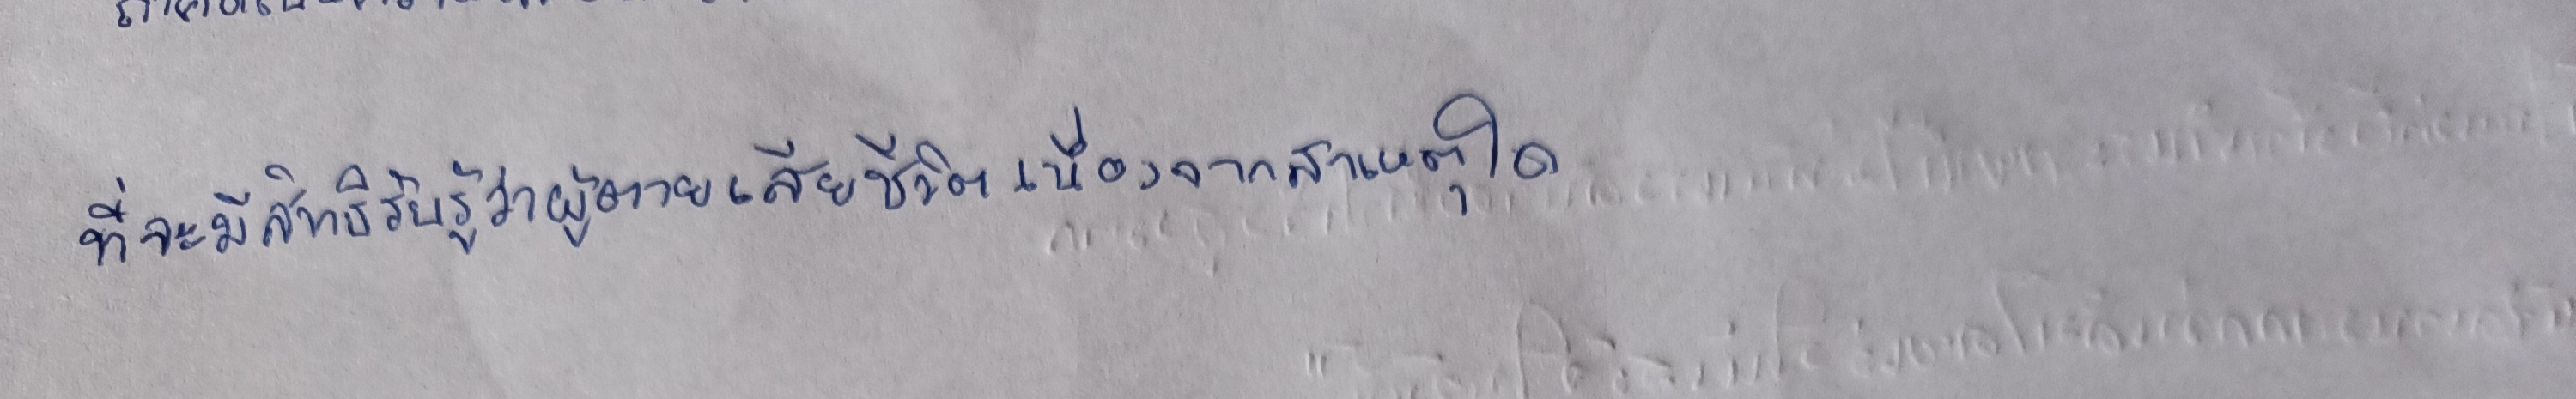
ที่จะมีสิทธิรับรู้ว่าผู้ตายเสียชีวิตเนื่องจากสาเหตุใด